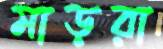
মাড়রা